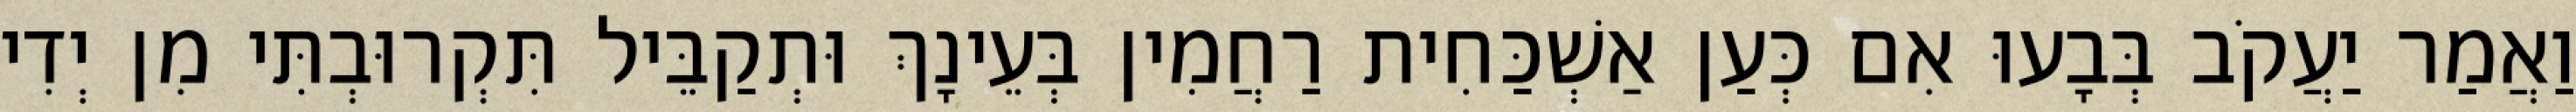
וַאֲמַר יַעֲקֹב בְּבָעוּ אִם כְּעַן אַשְׁכַּחִית רַחֲמִין בְּעֵינָךְ וּתְקַבֵּיל תִּקְרוּבְתִּי מִן יְדִי